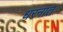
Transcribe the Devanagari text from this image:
धरनात